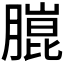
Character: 𮌴